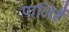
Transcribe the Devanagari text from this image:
पालिहैं